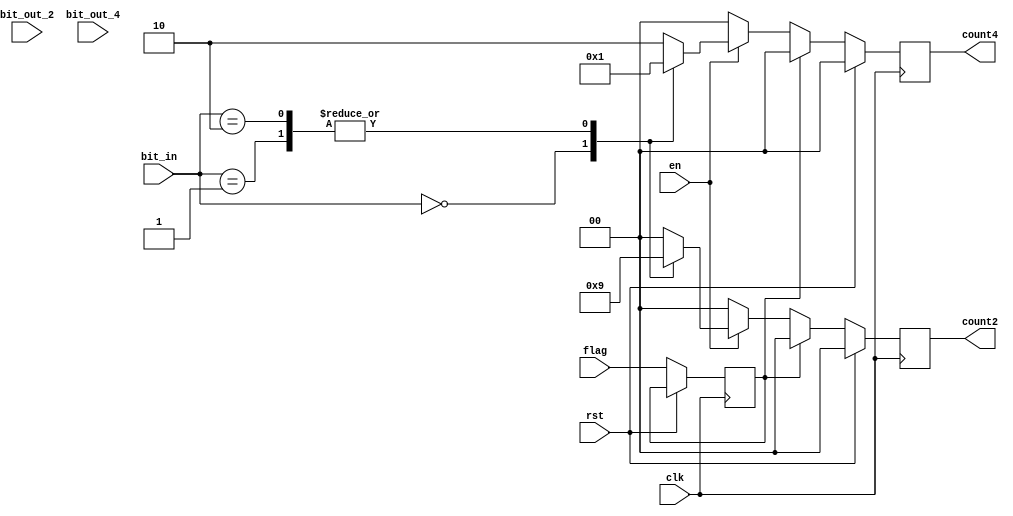
`timescale 1ns / 1ps
//////////////////////////////////////////////////////////////////////////////////
// Company: 
// Engineer: 
// 
// Design Name: 
// Module Name: detect1
// Project Name: 
// Target Devices: 
// Tool Versions: 
// Description: 
// 
// Dependencies: 
// 
// Revision:
// Revision 0.01 - File Created
// Additional Comments:
// 
//////////////////////////////////////////////////////////////////////////////////


module detect3(
input clk,
input rst,
input en,
input flag,
input [1:0] bit_in,
input [1:0] bit_out_2,
input [1:0] bit_out_4,
output reg [1:0] count2,
output reg [1:0] count4
    );
reg flag_detect;
always @(posedge clk)
begin
    if(rst)
    begin
        count2 <= 0;
        count4 <= 0;
    end
    else
    begin
        flag_detect <= flag;
    if(flag_detect == 0)
    begin
        if(!en)
        begin
            count2 <= 0;
            count4 <= 0;
        end
        else
        begin
            case(bit_in)
            2'b00:
            begin
                count2 <= 2'd2;
                count4 <= 2'd0;
            end
            2'b01:
            begin
                count2 <= 2'd1;
                count4 <= 2'd1;
            end
            2'b10:
            begin
                count2 <= 2'd1;
                count4 <= 2'd1;
            end
            default:
            begin
                count2 <= 2'd0;
                count4 <= 2'd2;
            end
            endcase
        end
    end
    else
    begin
        count2 <= 0;
        count4 <= 0;
    end
end
end
endmodule